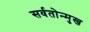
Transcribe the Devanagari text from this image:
सर्वतोन्मुख